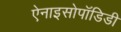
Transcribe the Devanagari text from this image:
ऐनाइसोपॉडिडी